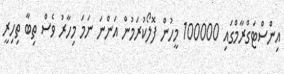
އިންސްޓަގްރާމްގައި 100000 މީހުން ފޮލޯކުރަމުން އަންނަ ނަމަ މިހާރު ވެސް ތިބާ ތިހިރީ